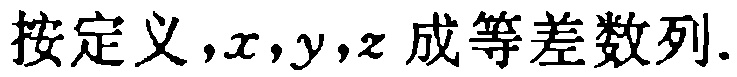
按定义，\(x,y,z\)成等差数列.